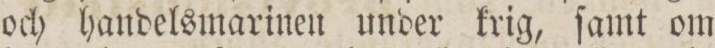
och handelsmarinen under krig, ſamt om